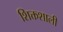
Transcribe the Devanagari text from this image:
शिक्तशाली